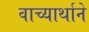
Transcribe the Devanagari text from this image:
वाच्यार्थाने